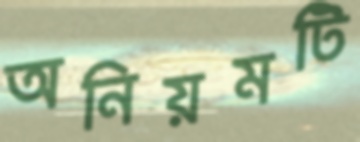
অনিয়মটি